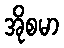
အိုစမာ